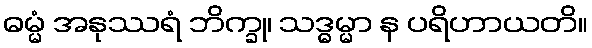
ဓမ္မံ အနုဿရံ ဘိက္ခု၊ သဒ္ဓမ္မာ န ပရိဟာယတိ။